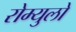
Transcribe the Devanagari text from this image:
रोम्युलो